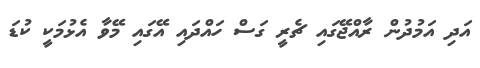
އަދި އަމުދުން ރާއްޖޭގައި ޗެރީ ގަސް ހައްދައި އޭގައި މޭވާ އެޅުމަކީ ކުޑަ